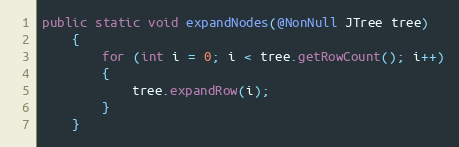
Language: Java
public static void expandNodes(@NonNull JTree tree)
	{
		for (int i = 0; i < tree.getRowCount(); i++)
		{
			tree.expandRow(i);
		}
	}